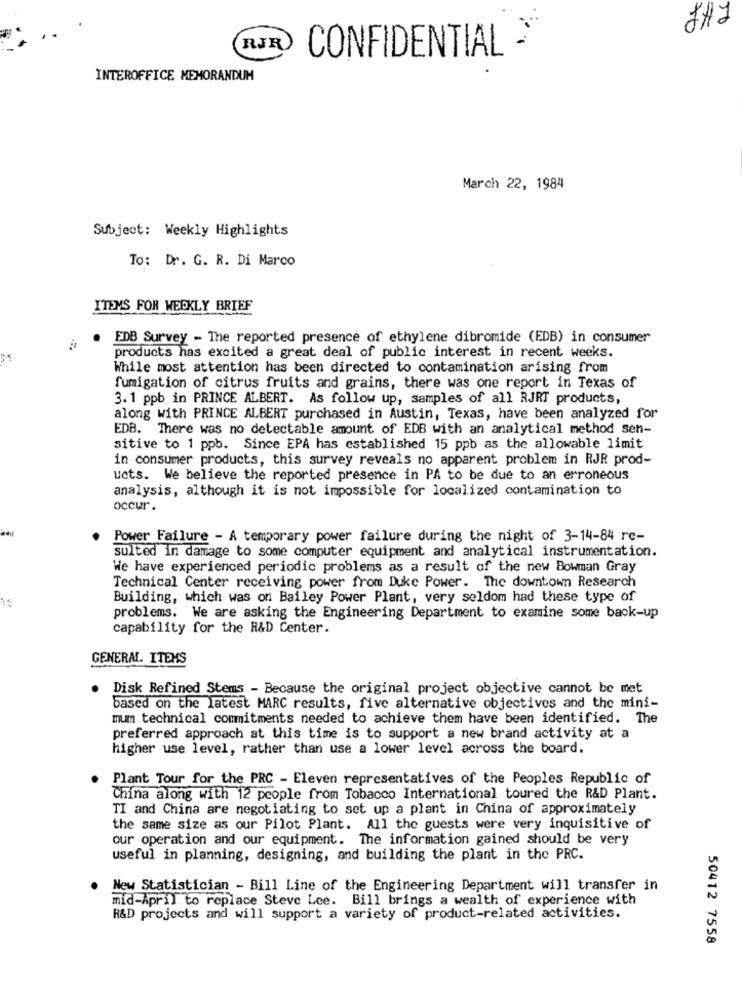
RJR
CONFIDENTIAL >
INTEROFFICE MEMORANDUM
March 22, 1984
Subject: Weekly Highlights
To: Dr. G. R. Di Marco
ITEMS FOR WEEKLY BRIEF
EDB Survey - The reported presence of ethylene dibromide (EDB) in consumer
products has excited a great deal of public interest in recent weeks.
While most attention has been directed to contamination arising from
fumigation of citrus fruits and grains, there was one report in Texas of
3.1 ppb in PRINCE ALBERT. As follow up, samples of all RJRT products,
along with PRINCE ALBERT purchased in Austin, Texas, have been analyzed for
EDB. There was no detectable amount of EDB with an analytical method sen-
sitive to 1 ppb. Since EPA has established 15 ppb as the allowable limit
in consumer products, this survey reveals no apparent problem in RJR prod-
ucts. We believe the reported presence in PA to be due to an erroneous
analysis, although it is not impossible for localized contamination to
occur.
Power Failure - A temporary power failure during the night of 3-14-84 rc-
sulted in damage to some computer equipment and analytical instrumentation.
We have experienced periodic problems as a result of the new Bowman Gray
Technical Center receiving power from Duke Power. The downtown Research
Building, which was on Bailey Power Plant, very seldom had these type of
problems. We are asking the Engineering Department to examine some back-up
capability for the R&D Center.
GENERAL ITEMS
Disk Refined Stems - Because the original project objective cannot be met
based on the latest MARC results, five alternative objectives and the mini-
mum technical commitments needed to achieve them have been identified. The
preferred approach at this time is to support a new brand activity at a
higher use level, rather than use a lower level across the board.
Plant Tour for the PRC - Eleven representatives of the Peoples Republic of
China along with 12 people from Tobacco International toured the R&D Plant.
TI and China are negotiating to set up a plant in China of approximately
the same size as our Pilot Plant. All the guests were very inquisitive of
our operation and our equipment. The information gained should be very
useful in planning, designing, and building the plant in the PRC.
New Statistician - Bill Line of the Engineering Department will transfer in
mid-April to replace Steve Lee. Bill brings a wealth of experience with
R&D projects and will support a variety of product-related activities.
50412 7558